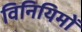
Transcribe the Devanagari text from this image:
विनियिमों